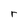
Character: r